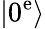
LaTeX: \left|0^{\mathrm{e}}\right\rangle